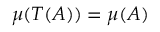
\mu ( T ( A ) ) = \mu ( A )